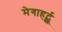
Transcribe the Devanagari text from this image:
मेगाहर्ट्झ्